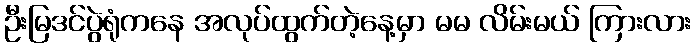
ဦးမြဒင်ပွဲရုံကနေ အလုပ်ထွက်တဲ့နေ့မှာ မမ လိမ်းမယ် ကြားလား